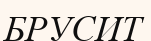
БРУСИТ